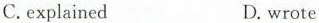
C.explained D.wrots